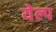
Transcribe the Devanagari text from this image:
येल्प